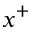
x ^ { + }